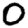
Digit: 0